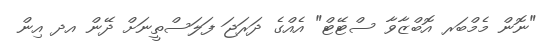
"ނޮން މެމްބަރ އޮބްޒާވާ ސްޓޭޓް" އެއްގެ ދަރަޖަ ފަލަސްތީނަށް ދޭން އދ އިން